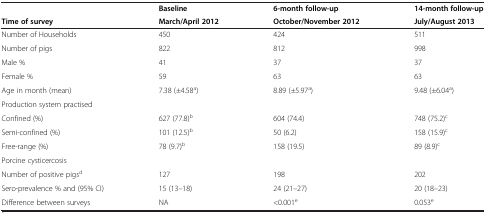
|  | Baseline | 6-month follow-up | 14-month follow-up |
 | Time of survey | March/April 2012 | October/November 2012 | July/August 2013 |
 | --- | --- | --- | --- |
 | Number of Households | 450 | 424 | 511 |
 | Number of pigs | 822 | 812 | 998 |
 | Male % | 41 | 37 | 37 |
 | Female % | 59 | 63 | 63 |
 | Age in month (mean) | 7.38 (±4.58a) | 8.89 (±5.97a) | 9.48 (±6.04a) |
 | Production system practised |  |  |  |
 | Confined (%) | 627 (77.8)b | 604 (74.4) | 748 (75.2)c |
 | Semi-confined (%) | 101 (12.5)b | 50 (6.2) | 158 (15.9)c |
 | Free-range (%) | 78 (9.7)b | 158 (19.5) | 89 (8.9)c |
 | Porcine cysticercosis |  |  |  |
 | Number of positive pigsd | 127 | 198 | 202 |
 | Sero-prevalence % and (95% CI) | 15 (13–18) | 24 (21–27) | 20 (18–23) |
 | Difference between surveys | NA | <0.001e | 0.053e |